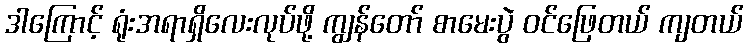
ဒါကြောင့် ရုံးအရာရှိလေးလုပ်ဖို့ ကျွန်တော် စာမေးပွဲ ဝင်ဖြေတယ် ကျတယ်